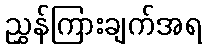
ညွှန်ကြားချက်အရ